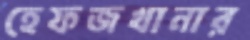
হেফজখানার